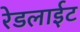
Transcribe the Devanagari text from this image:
रेडलाईट